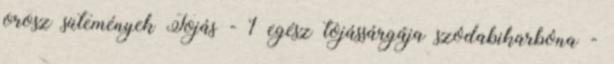
orosz sütemények Tojás - 1 egész tojássárgája szódabikarbóna -